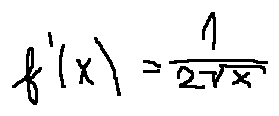
f ^ { \prime } ( x ) = \frac { 1 } { 2 \sqrt { x } }